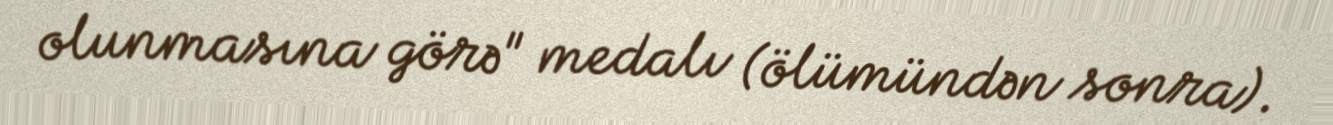
olunmasına görə" medalı (ölümündən sonra).